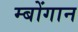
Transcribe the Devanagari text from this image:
म्बोंगान